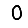
Digit: 0